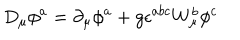
D _ { \mu } \phi ^ { a } = \partial _ { \mu } \phi ^ { a } + g \epsilon ^ { a b c } W _ { \mu } ^ { b } \phi ^ { c }